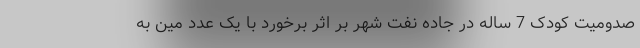
صدومیت کودک 7 ساله در جاده نفت شهر بر اثر برخورد با یک عدد مین به